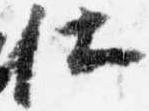
仕